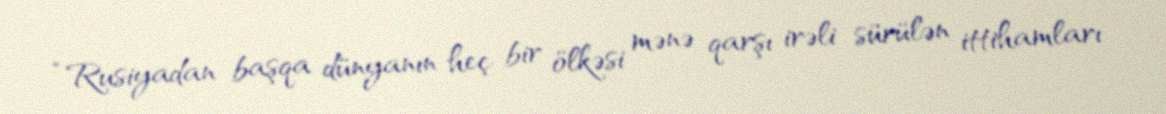
“Rusiyadan başqa dünyanın heç bir ölkəsi mənə qarşı irəli sürülən ittihamları